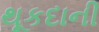
થૂકદાની